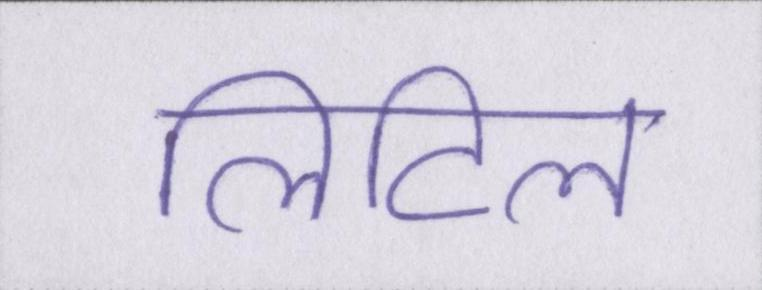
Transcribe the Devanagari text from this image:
लिटिल